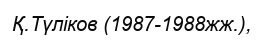
Қ.Түліков (1987-1988жж.),